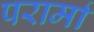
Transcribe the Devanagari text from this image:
परार्मा